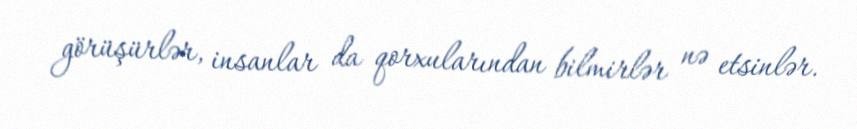
görüşürlər, insanlar da qorxularından bilmirlər nə etsinlər.